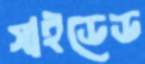
সাইডেড